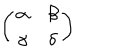
LaTeX: \left( \begin{array} { c c } { { \alpha } } & { { \beta } } \\ { { \gamma } } & { { \delta } } \\ \end{array} \right)